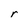
Character: r